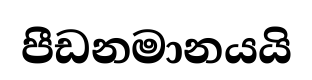
පීඩනමානයයි